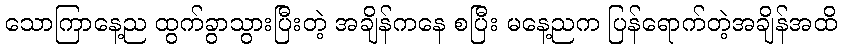
သောကြာနေ့ည ထွက်ခွာသွားပြီးတဲ့ အချိန်ကနေ စပြီး မနေ့ညက ပြန်ရောက်တဲ့အချိန်အထိ